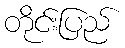
တိုင်းပြည်